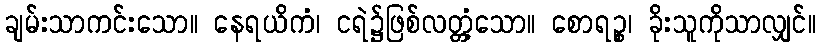
ချမ်းသာကင်းသော။ နေရယိကံ၊ ငရဲ၌ဖြစ်လတ္တံ့သော။ စောရဉ္စ၊ ခိုးသူကိုသာလျှင်။